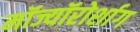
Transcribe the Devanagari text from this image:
मॉज्यॉरोर्शाग